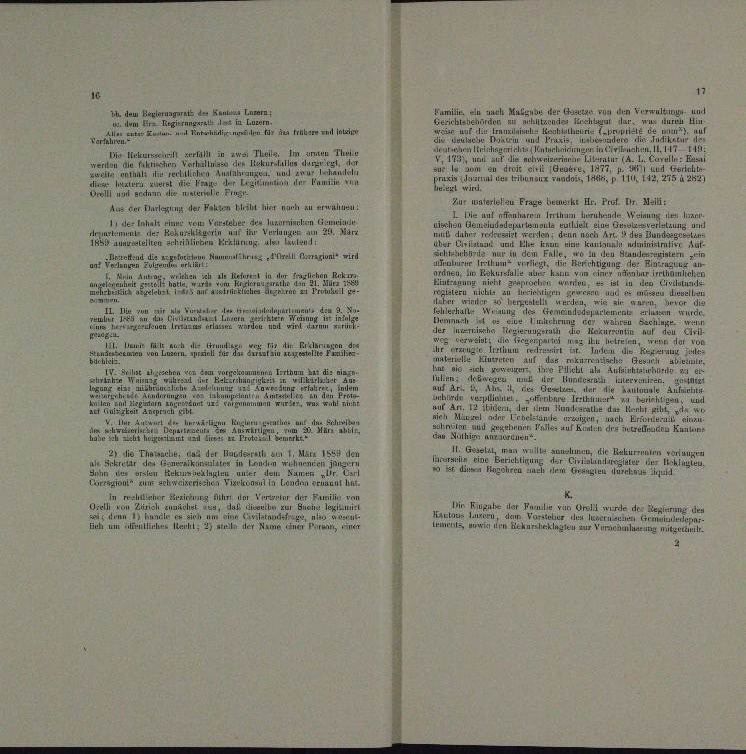
von den Verwaltung
Familie ein nach Mai zum
BL dem Betragt Dr Kan Le
icen eine einen einen einen einen er in Hin
 . . . .
g

trichtsgericht nehmigungen in Erwiesen, 147. 149:
mummten Theater
.
  Berat in der gegen der
und Verlust
1 dem da                      1877
.
de Einen und 114, 275 u. 242)
n
 et die an der eine er eine eine einen einer eine
häuser un
Prust.

 niem
Zur Bau Frage Bemerkt Hr. Prof. Dr. Meill:
Aus der Darlegung der Fahren Ehe hier nach zu erwähnen:
Die auf offenharren Irrthum beruhende Weinung den lan
Erhalt einer vom Versteher des luzernischen Gemein
aula verlei eine Gunsten
nisch
letzung unt
aerart eine

e
u
und
n

m.

u

d
Bekann Human hrn. Pfell Fragen wird

er

                         in di
u

u
.

de
chts zu

u
u
u

mpelman
u
n

ie er
.
der

und

en und
u

i
e
R

e
e . . .
auungen
eihst angeschr
e

n

n

et die er

 e unter diesen un
n
u
u
n
n
an, unt

e

e

u
II. Gestal man wollen, die Rekurrenten verlangen
die Thawarte, das der Bundesrath am 1. März 1854 den
un eine Berichtigung d
nieren eine

 u.
hürnten
Funter de
de
.
k.
 reicher Errich um Vertrin der Familie vom
in Eingabe der Familie von Orell wurde der Regierung
n. das hierin zur Sueur lexizun
Dreth von Zürich zuwir
HALLAux 1.
e Vorster den hat
u
indern
.

lement in den Rekurrenlagung mitgettinit